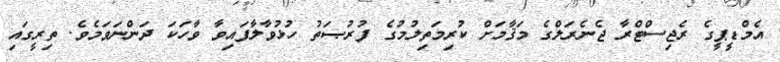
އެމްޑީޕީގެ ރެޖިސްޓްރާ ޖެނެރަލްގެ މަޤާމަށް ކުރިމަތިލުމުގެ ފުރުޞަތު ހުޅުވާލާފައިވާ ވާހަކަ ދަންނަވަމެވެ. ތިރީގައި